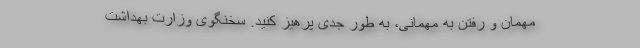
مهمان و رفتن به مهمانی، به طور جدی پرهیز کنید. سخنگوی وزارت بهداشت